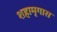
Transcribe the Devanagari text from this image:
शहामृगास